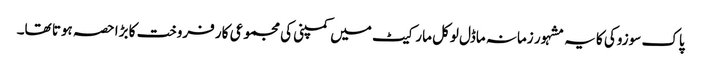
پاک سوزوکی کا یہ مشہور زمانہ ماڈل لوکل مارکیٹ میں کمپنی کی مجموعی کار فروخت کا بڑا حصہ ہوتا تھا۔